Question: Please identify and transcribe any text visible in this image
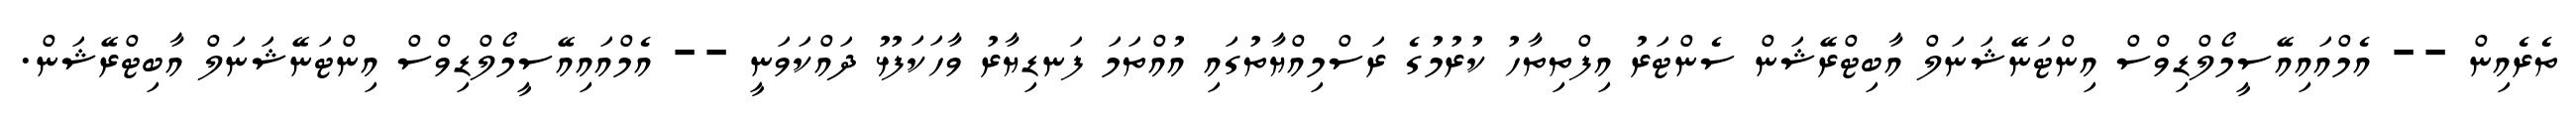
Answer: ތެރެއިން -- އެމްއައިއޭސީމޯލްޑިވްސް އިންޓަނޭޝަނަލް އާބިޓްރޭޝަން ސެންޓަރު އިފްތިތާހު ކުރުމުގެ ރަސްމިއްޔާތުގައި އުއްތަމަ ފަނޑިޔާރު ވާހަކަފުޅު ދައްކަވަނީ -- އެމްއައިއޭސީމޯލްޑިވްސް އިންޓަނޭޝަނަލް އާބިޓްރޭޝަން.